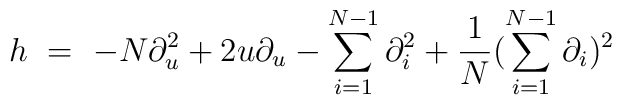
h \ =\ -N \partial_u^2 + 2u\partial_u - \sum_{i=1}^{N-1} \partial_i^2 + \frac{1}{N}(\sum_{i=1}^{N-1} \partial_i)^2